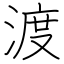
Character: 渡